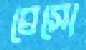
ঘেসো